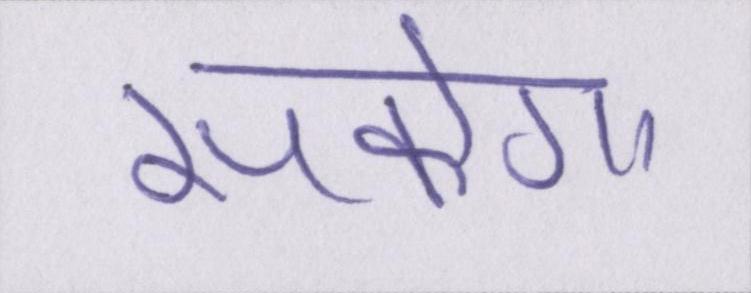
सकेगा